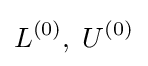
L^{(0)},\;U^{(0)}